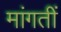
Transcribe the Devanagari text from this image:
मांगतीं